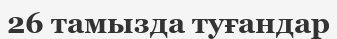
26 тамызда туғандар